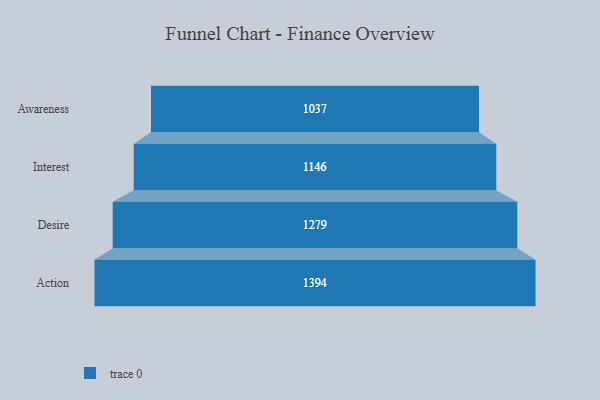
{"axis": {"x": "Stage", "y": "Value"}, "legend": [""], "data": [{"x": "Awareness", "y": 1037.0, "type": ""}, {"x": "Interest", "y": 1146.0, "type": ""}, {"x": "Desire", "y": 1279.0, "type": ""}, {"x": "Action", "y": 1394.0, "type": ""}]}